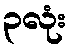
၃လုံး